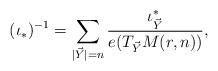
LaTeX: \begin{align*} (\iota_*)^{-1} = \sum_{|\vec{Y}| = n} \frac{\iota_{\vec{Y}}^*}{ e( T_{\vec{Y}} M(r,n)) }, \end{align*}